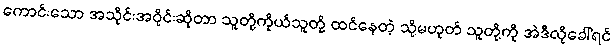
ကောင်းသော အသိုင်းအဝိုင်းဆိုတာ သူတို့ကိုယ်သူတို့ ထင်နေတဲ့ သို့မဟုတ် သူတို့ကို အဲဒီလိုခေါ်ရင်